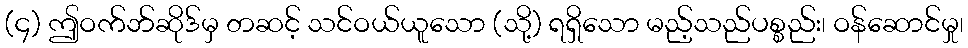
(၄) ဤဝက်ဘ်ဆိုဒ်မှ တဆင့် သင်ဝယ်ယူသော (သို့) ရရှိသော မည့်သည်ပစ္စည်း၊ ဝန်ဆောင်မှု၊